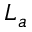
L _ { a }